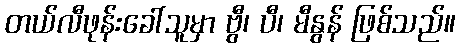
တယ်လီဖုန်းခေါ်သူမှာ ဗွီ၊ ပီ၊ မီနွန် ဖြစ်သည်။